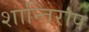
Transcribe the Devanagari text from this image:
शान्तिराप